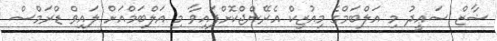
ޝާޒް ސަޢީދު މި އަލްބަމްގެ މިއުޒިކް އެރޭންޖްކޮށްފައިވާ މި އަލްބަމްއަށް ލައިވް ޑްރަމްސް